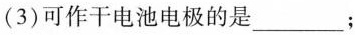
(3)可作干电池电极的是___；